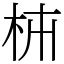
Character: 枾